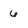
Character: 6